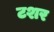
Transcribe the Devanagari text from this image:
टशर